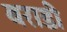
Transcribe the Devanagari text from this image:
बराडी